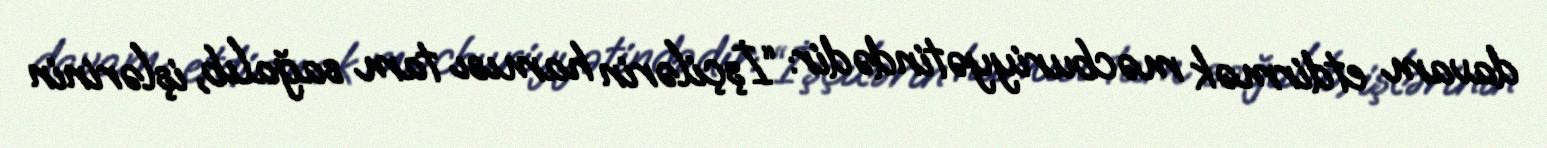
davam etdirmək məcburiyyətindədir: “İşçilərin hamısı tam sağalıb, işlərinin